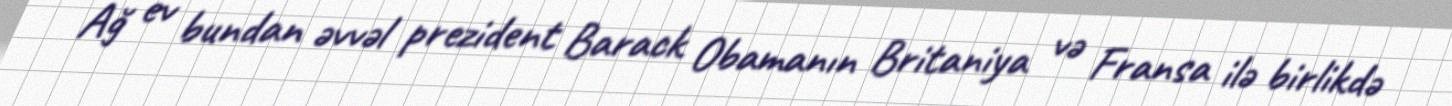
Ağ ev bundan əvvəl prezident Barack Obamanın Britaniya və Fransa ilə birlikdə